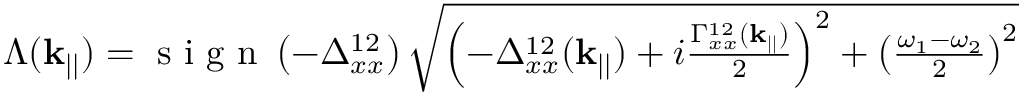
\begin{array} { r } { \Lambda ( \mathbf { k } _ { | | } ) = \textrm { s i g n } \left( - \Delta _ { x x } ^ { 1 2 } \right) \sqrt { \left( - \Delta _ { x x } ^ { 1 2 } ( \mathbf { k } _ { | | } ) + i \frac { \Gamma _ { x x } ^ { 1 2 } ( \mathbf { k } _ { | | } ) } { 2 } \right) ^ { 2 } + \left( \frac { \omega _ { 1 } - \omega _ { 2 } } { 2 } \right) ^ { 2 } } } \end{array}